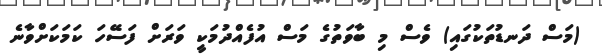
(މަސް ދަނޑުތަކުގައި) ވެސް މި ބާވަތުގެ މަސް އުފެއްދުމަކީ ވަރަށް ފަސޭހަ ކަމަކަށްވާނެ